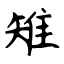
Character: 雉